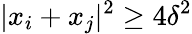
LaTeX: |x_{i}+x_{j}|^{2}\geq 4\delta^{2}